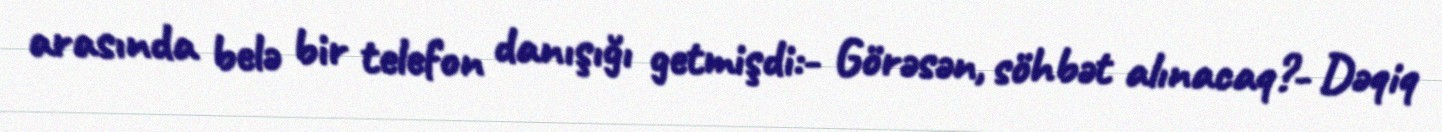
arasında belə bir telefon danışığı getmişdi:- Görəsən, söhbət alınacaq?- Dəqiq